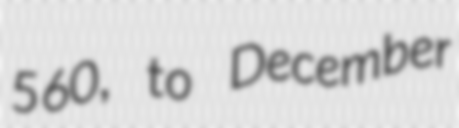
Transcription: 560, to December